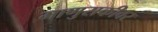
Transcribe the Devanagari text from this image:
माणुसकीवर